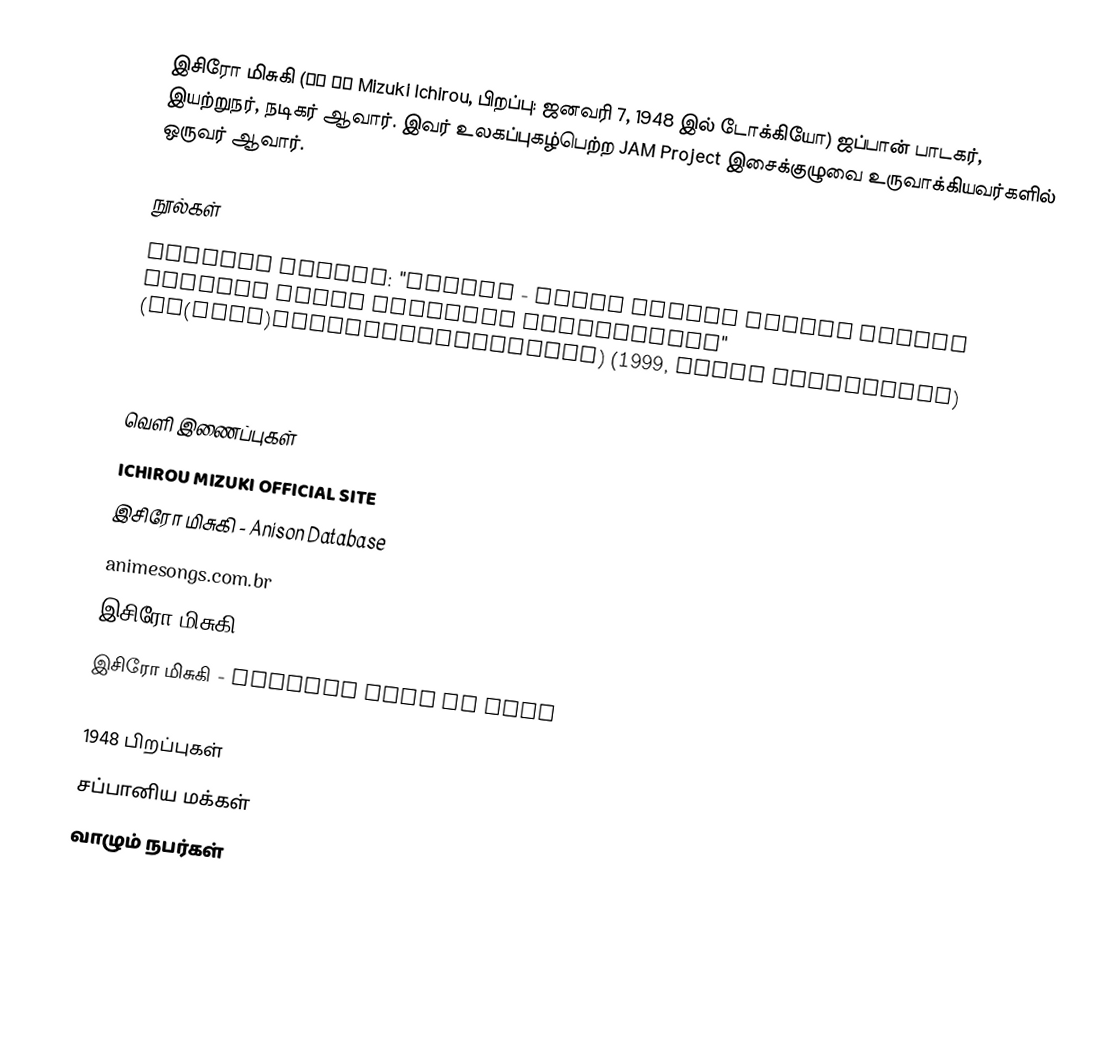
இசிரோ மிசுகி (水木 一郎 Mizuki Ichirou, பிறப்பு: ஜனவரி 7, 1948 இல் டோக்கியோ) ஜப்பான் பாடகர், இயற்றுநர், நடிகர் ஆவார். இவர் உலகப்புகழ்பெற்ற JAM Project இசைக்குழுவை உருவாக்கியவர்களில் ஒருவர் ஆவார்.

நூல்கள்
Hitoshi Hasebe: "Anison - Kashu Ichiro Mizuki Sanjuu Shuunen Kinen Nekketsu Shashinshuu" (兄尊(アニソン)―歌手水木一郎三十周年記念熱血写真集) (1999, Oakla Publishing)
Ichiro Mizuki & Project Ichiro: "Aniki Damashii ~Anime Song no Teiou / Mizuki Ichirou no Sho~" (アニキ魂~アニメソングの帝王・水木一郎の書~) (2000, Aspect)

வெளி இணைப்புகள்
ICHIROU MIZUKI OFFICIAL SITE
இசிரோ மிசுகி - Anison Database
animesongs.com.br
இசிரோ மிசுகி - Anime News Network
இசிரோ மிசுகி - Henshin Hall of Fame

1948 பிறப்புகள்
சப்பானிய மக்கள்
வாழும் நபர்கள்